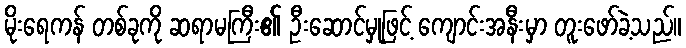
မိုးရေကန် တစ်ခုကို ဆရာမကြီး၏ ဦးဆောင်မှုဖြင့် ကျောင်းအနီးမှာ တူးဖော်ခဲ့သည်။